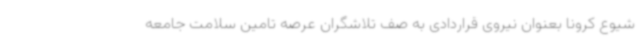
شیوع کرونا بعنوان نیروی قراردادی به صف تلاشگران عرصه تامین سلامت جامعه